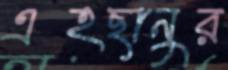
এহছানুর